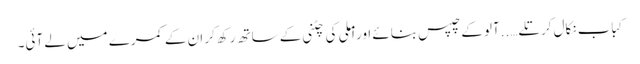
کباب نکال کر تلے…..آلو کے چپس بنائے اور املی کی چٹنی کے ساتھ رکھ کر ان کے کمرے میں لے آئی۔